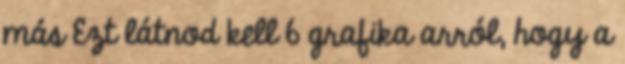
más Ezt látnod kell 6 grafika arról, hogy a